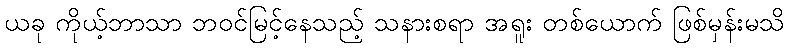
ယခု ကိုယ့်ဘာသာ ဘဝင်မြင့်နေသည့် သနားစရာ အရူး တစ်ယောက် ဖြစ်မှန်းမသိ